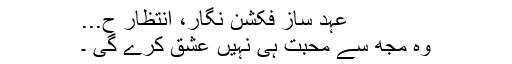
عہد ساز فکشن نگار، انتظار ح...
وہ مجھ سے محبت ہی نہیں عشق کرے گی ۔